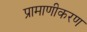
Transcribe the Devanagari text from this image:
प्रामाणीकरण